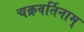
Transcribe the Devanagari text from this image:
चक्रवर्तिनाम्